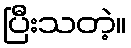
ပြီးသတဲ့။